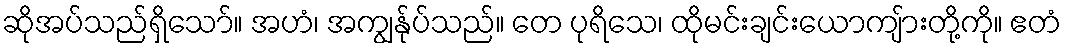
ဆိုအပ်သည်ရှိသော်။ အဟံ၊ အကျွန်ုပ်သည်။ တေ ပုရိသေ၊ ထိုမင်းချင်းယောကျ်ားတို့ကို။ ဧတံ